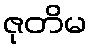
ဇုတိမ